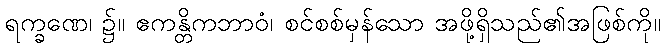
ရက္ခဏေ၊ ၌။ ဧကန္တိကဘာဝံ၊ စင်စစ်မှန်သော အဖို့ရှိသည်၏အဖြစ်ကို။